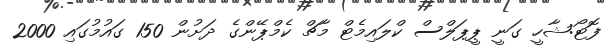
ފޮޓޯ:ޝާހީ ގަނީ ޕީޕަލްސް ކްލައިމެޓް މާޗް ކެމްޕޭންގެ ދަށުން 150 ގައުމުގައި 2000